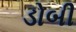
ડોબી